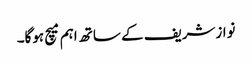
نوازشریف کے ساتھ اہم میچ ہوگا۔